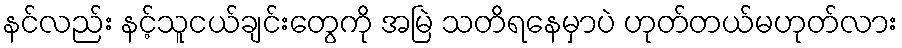
နင်လည်း နင့်သူငယ်ချင်းတွေကို အမြဲ သတိရနေမှာပဲ ဟုတ်တယ်မဟုတ်လား